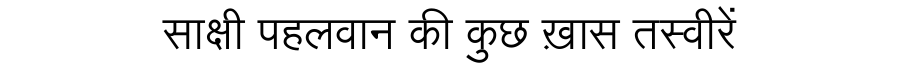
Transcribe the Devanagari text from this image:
साक्षी पहलवान की कुछ ख़ास तस्वीरें